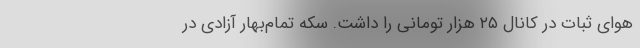
هوای ثبات در کانال ۲۵ هزار تومانی را داشت. سکه تمام‌بهار آزادی در